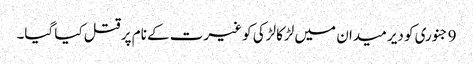
9 جنوری کو دیر میدان میں لڑکا لڑکی کو غیرت کے نام پر قتل کیا گیا۔